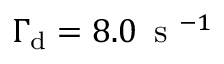
\Gamma _ { \mathrm { d } } = 8 . 0 \, \mathrm { ~ s ~ } ^ { - 1 }